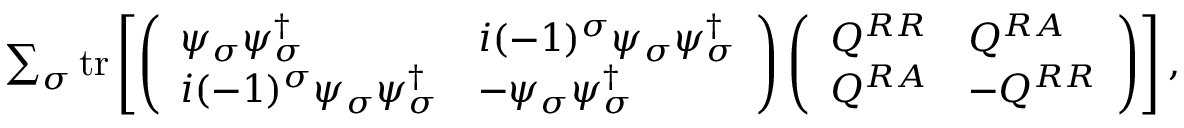
\begin{array} { r } { \sum _ { \sigma } \mathrm { t r } \left[ \left( \begin{array} { l l } { \psi _ { \sigma } { \psi } _ { \sigma } ^ { \dagger } } & { i ( - 1 ) ^ { \sigma } \psi _ { \sigma } { \psi } _ { \sigma } ^ { \dagger } } \\ { i ( - 1 ) ^ { \sigma } \psi _ { \sigma } { \psi } _ { \sigma } ^ { \dagger } } & { - \psi _ { \sigma } { \psi } _ { \sigma } ^ { \dagger } } \end{array} \right) \left( \begin{array} { l l } { Q ^ { R R } } & { Q ^ { R A } } \\ { Q ^ { R A } } & { - Q ^ { R R } } \end{array} \right) \right] , } \end{array}